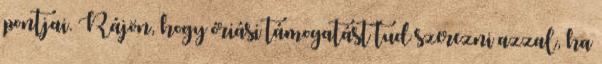
pontjai. Rájön, hogy óriási támogatást tud szerezni azzal, ha